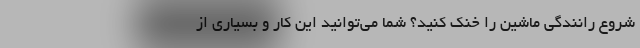
شروع رانندگی ماشین را خنک کنید؟ شما می‌توانید این کار و بسیاری از